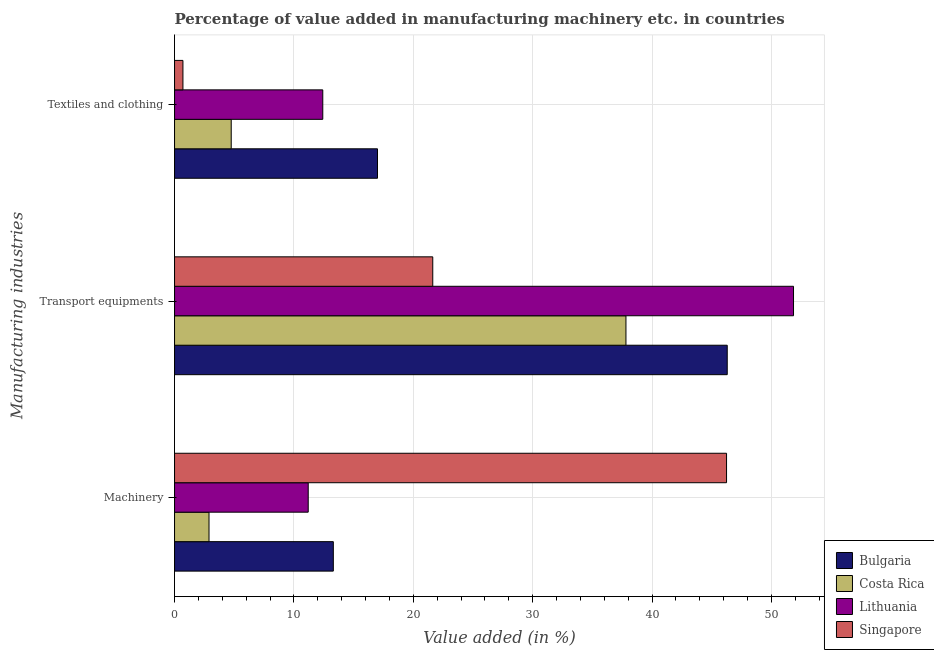
| Manufacturing industries | Bulgaria | Costa Rica | Lithuania | Singapore |
 | --- | --- | --- | --- | --- |
 | Machinery | 13.3 | 2.89 | 11.2 | 46.2 |
 | Transport equipments | 46.3 | 37.8 | 51.9 | 21.6 |
 | Textiles and clothing | 17 | 4.75 | 12.4 | 0.703 |